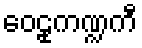
ဝေဠုကဏ္ဍကီ